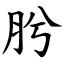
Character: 肹